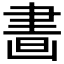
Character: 𦘙